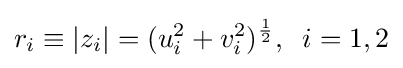
r_{i}\equiv |z_{i}|=(u_{i}^{2}+v_{i}^{2})^{\frac {1}{2}},\;\;i=1,2